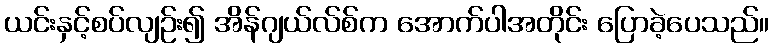
ယင်းနှင့်စပ်လျဉ်း၍ အိန်ဂျယ်လ်စ်က အောက်ပါအတိုင်း ပြောခဲ့ပေသည်။